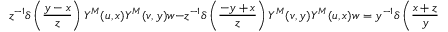
z ^ { - 1 } \delta \left( { \frac { y - x } { z } } \right) Y ^ { M } ( u , x ) Y ^ { M } ( v , y ) w - z ^ { - 1 } \delta \left( { \frac { - y + x } { z } } \right) Y ^ { M } ( v , y ) Y ^ { M } ( u , x ) w = y ^ { - 1 } \delta \left( { \frac { x + z } { y } } \right) Y ^ { M } ( Y ( u , z ) v , y ) w .